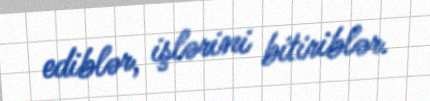
ediblər, işlərini bitiriblər.